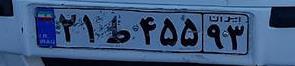
۲۱ط۴۵۵۹۳